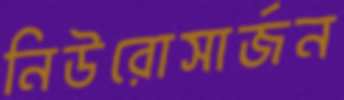
নিউরোসার্জন